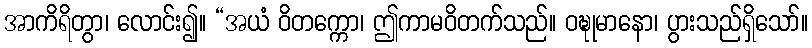
အာကိရိတွာ၊ လောင်း၍။ “အယံ ဝိတက္ကော၊ ဤကာမဝိတက်သည်။ ဝဍ္ဎုမာနော၊ ပွားသည်ရှိသော်။